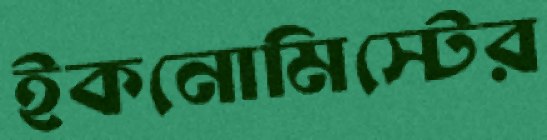
ইকনোমিস্টের